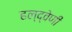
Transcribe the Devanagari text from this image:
हल्द्वेणी